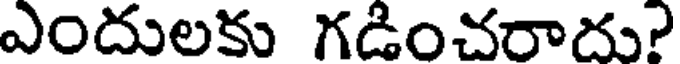
ఎందులకు గడించరాదు?